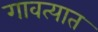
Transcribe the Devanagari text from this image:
गावत्यात